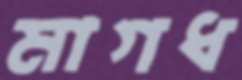
মাগধ